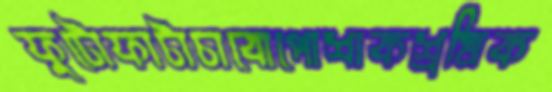
ফুটোফাটাচাবোপোশাকশ্রমিক